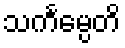
သင်္ကမ္ပေတိ